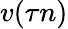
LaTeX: v(\tau n)